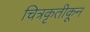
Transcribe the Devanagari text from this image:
चित्रकृतीकून